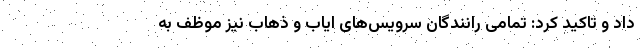
داد و تاکید کرد: تمامی رانندگان سرویس‌های ایاب و ذهاب نیز موظف به